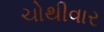
ચોથીવાર